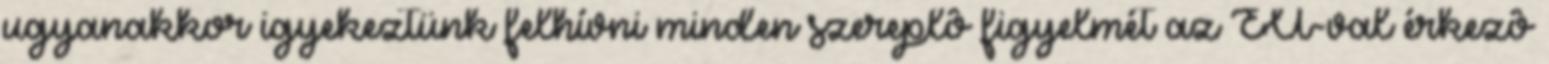
ugyanakkor igyekeztünk felhívni minden szereplô figyelmét az EU-val érkezô